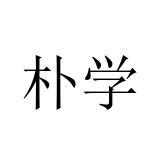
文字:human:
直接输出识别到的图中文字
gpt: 朴学